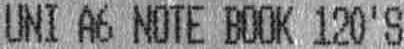
UNI A6 NOTE BOOK 120'S